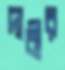
দাবীর